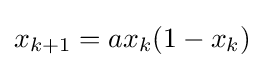
x_{k+1}=ax_{k}(1-x_{k})